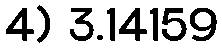
4) 3.14159